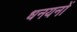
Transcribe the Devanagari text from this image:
धनयनों